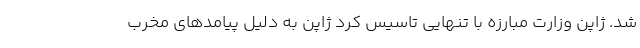
شد. ژاپن وزارت مبارزه با تنهایی تاسیس کرد ژاپن به دلیل پیامدهای مخرب